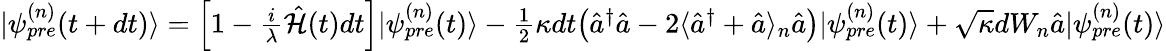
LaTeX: \begin{array}{r}{|\psi_{pre}^{(n)}(t+dt)\rangle=\Big[1-\frac{i}{\lambda}\hat{\mathcal{H}}(t)dt\Big]|\psi_{pre}^{(n)}(t)\rangle-\frac{1}{2}\kappa dt\big(\hat{a}^{\dagger}\hat{a}-2\langle\hat{a}^{\dagger}+\hat{a}\rangle_{n}\hat{a}\big)|\psi_{pre}^{(n)}(t)\rangle+\sqrt{\kappa}dW_{n}\hat{a}|\psi_{pre}^{(n)}(t)\rangle}\end{array}